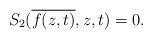
LaTeX: \begin{align*}S_2(\overline{f(z,t)},z,t) = 0.\end{align*}